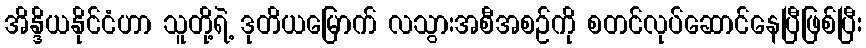
အိန္ဒိယနိုင်ငံဟာ သူတို့ရဲ့ ဒုတိယမြောက် လသွားအစီအစဉ်ကို စတင်လုပ်ဆောင်နေပြီဖြစ်ပြီး